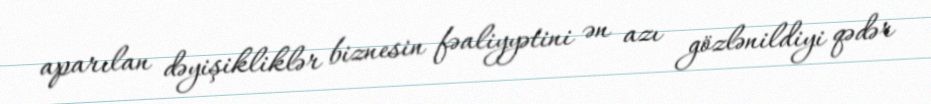
aparılan dəyişikliklər biznesin fəaliyyətini ən azı gözlənildiyi qədər